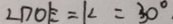
\angle D O E = k = 3 0 ^ { \circ } .